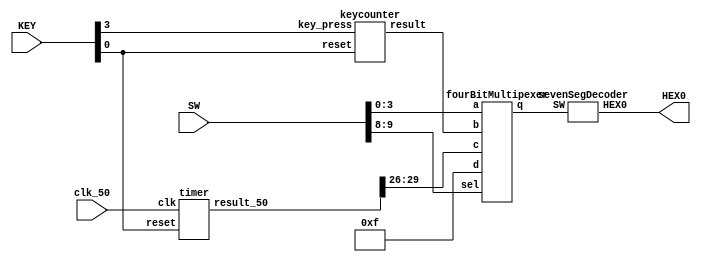
module lab1part3 (input [9:0] SW, input [3:0] KEY, input clk_50, output [6:0] HEX0);
	reg [6:0] reg_LEDs;
	wire [3:0] key_counter;
	wire [3:0] disp_in;
	wire [6:0] disp_out;
	wire [29:0]clk_count;
	wire [3:0] off = 4'b1111;
	assign HEX0 = disp_out;

	keycounter c1(.reset(KEY[0]), .key_press(KEY[3]), .result(key_counter));
	timer t1(.clk(clk_50), .reset(KEY[0]), .result_50(clk_count));
	fourBitMultipexer m1(.sel(SW[9:8]), .a(SW[3:0]), .b(key_counter), .c(clk_count[29:26]), .d(off), .q(disp_in));
	sevenSegDecoder d1(.SW(disp_in), .HEX0(disp_out));

endmodule

module keycounter(input reset, key_press, output reg[3:0] result);
	always @(posedge key_press, negedge reset) begin
		if (!reset) begin
			result <= 4'b0;
		end 
		else if (key_press) begin
			result <= result + 1'b1;
		end
		else if (result == 4'b1111 && key_press) begin
			result <= 4'b0;
		end
	end
endmodule

module timer(input clk, reset, output reg[29:0] result_50);
	always @(posedge clk, negedge reset) begin
		if (!reset) begin
			result_50 <= 30'b0;
		end 
		else begin
			result_50 <= result_50 + 1'b1;
		end
	end
endmodule


module fourBitMultipexer (sel, a, b, c, d, q);
	input [1:0]sel;
	input [3:0]a;
	input [3:0]b;
	input [3:0]c;
	input [3:0]d;
	output reg [3:0]q;
	
	always @ (sel) begin  
      case (sel)  
         2'b00 : q <= a;  
         2'b01 : q <= b;  
         2'b10 : q <= c;  
         2'b11 : q <= d;  
      endcase  
   end  
endmodule


module sevenSegDecoder (input [3:0] SW, output [6:0] HEX0);
	reg [6:0] reg_LEDs;

	assign HEX0[0]= ( (SW[2]&(~SW[1])&(~SW[0])) | ((~SW[3])&(~SW[2])&(~SW[1])&SW[0]) | (SW[3]&SW[1]) );
	assign HEX0[1]= ( (SW[2]&(~SW[1])&SW[0]) | (SW[3]&SW[2]&SW[0]) | ((~SW[3])&SW[2]&SW[1]&(~SW[0])) | (SW[3]&(~SW[2])&SW[1]&(~SW[0])) );
	assign HEX0[6:2]=reg_LEDs[6:2];
	
	always @(*) begin
		case (SW)
			4'b0000: reg_LEDs[6:2]=5'b10000; //7b1000000 decimal 0
			4'b0001: reg_LEDs[6:2]=5'b11110; //7b1111001 decimal 1
			4'b0010: reg_LEDs[6:2]=5'b01001; //7b0100100 decimal 2
			4'b0011: reg_LEDs[6:2]=5'b01100; //7b0110000 decimal 3
			4'b0100: reg_LEDs[6:2]=5'b00110; //7b0011001 decimal 4
			4'b0101: reg_LEDs[6:2]=5'b00100; //7b0010010 decimal 5
			4'b0110: reg_LEDs[6:2]=5'b00000; //7b0000010 decimal 6
			4'b0111: reg_LEDs[6:2]=5'b11110; //7b1111000 decimal 7
			4'b1000: reg_LEDs[6:2]=5'b00000; //7b0000000 decimal 8
			4'b1001: reg_LEDs[6:2]=5'b00100; //7b0010000 decimal 9
			4'b1010: reg_LEDs[6:2]=5'b10001; //7b1000111 letter L
			4'b1011: reg_LEDs[6:2]=5'b11110; //7b1111001 letter I
			4'b1100: reg_LEDs[6:2]=5'b10010; //7b1001001 letter N
			4'b1101: reg_LEDs[6:2]=5'b00011; //7b0001110 letter F
			4'b1110: reg_LEDs[6:2]=5'b10000; //7b1000001 letter U
			4'b1111: reg_LEDs[6:2]=5'b11111; //7b1111111 OFF
		/* finish the case block */
			default: reg_LEDs[6:2] = 5'bx;
		endcase
	end
endmodule